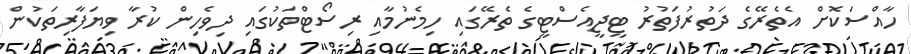
ހާއްސަކޮށް އެތެރޭގެ ދަތުރުފަތުރު ޓީޖީއެސްޓީގެ ތެރޭގައި ހިމެނުމާއި ރިސޯޓްތަކުގައި ދިވެހިން ކުރާ ވިޔަފާރިތަކުން